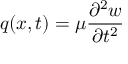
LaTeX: q ( x , t ) = \mu { \frac { \partial ^ { 2 } w } { \partial t ^ { 2 } } }